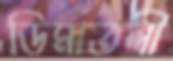
ডিমাতলী